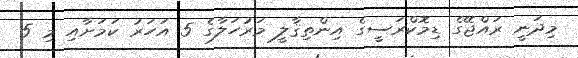
މިދަނީ ރައްޖޭގެ ޑިމޮކްރަސީގެ އިންތިޤާލީ މަރުހަލާގެ 5 އަހަރު ކަމަށާއި މި 5